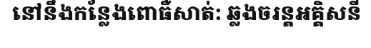
នៅនឹងកន្លែងពោធិ៍សាត់: ឆ្លងចរន្តអគ្គិសនី